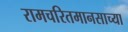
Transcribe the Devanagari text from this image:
रामचरितमानसाच्या